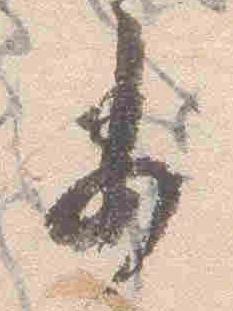
委